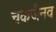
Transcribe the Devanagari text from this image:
चकजैनव